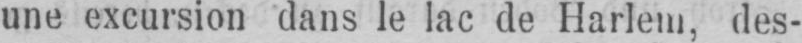
une excursion dans le lac de Harlem, des-